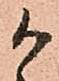
か